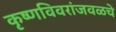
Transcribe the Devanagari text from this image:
कृष्णविवरांजवळचे